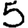
Digit: 5